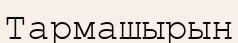
Тармашырын